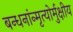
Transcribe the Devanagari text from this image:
बन्धनांन्मृत्योर्मुक्षीय